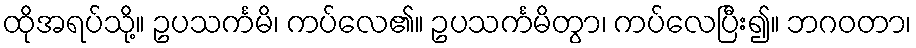
ထိုအရပ်သို့။ ဥပသင်္ကမိ၊ ကပ်လေ၏။ ဥပသင်္ကမိတွာ၊ ကပ်လေပြီး၍။ ဘဂဝတာ၊